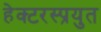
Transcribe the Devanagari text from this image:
हेक्टरस्प्रयुत